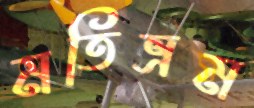
মতিভ্রম